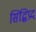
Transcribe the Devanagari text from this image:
सिद्धिप्रदं